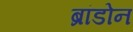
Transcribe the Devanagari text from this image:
ब्रांडोन